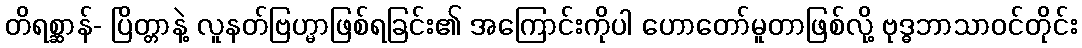
တိရစ္ဆာန်- ပြိတ္တာနဲ့ လူနတ်ဗြဟ္မာဖြစ်ရခြင်း၏ အကြောင်းကိုပါ ဟောတော်မူတာဖြစ်လို့ ဗုဒ္ဓဘာသာဝင်တိုင်း